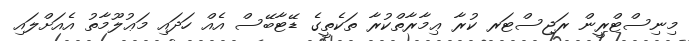
މިނިސްޓްރީން ރަޖިސްޓަރ ކުރާ ޢިމާރާތްކުރާ ތަކެތީގެ ޑޭޓާބޭސް އެއް ހަދައި މަޢުލޫމާތު އެއަށްލައި